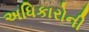
અધિકારોની